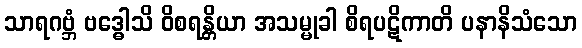
သာရဂဗ္ဘံ ဗဒ္ဓေါသိ ဝိစရန္တိယာ အသမ္မုခါ စိရပဋိကာတိ ပနာနိသံသော